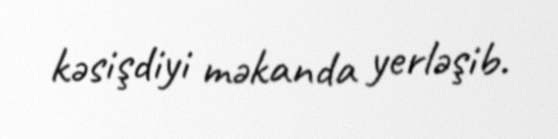
kəsişdiyi məkanda yerləşib.